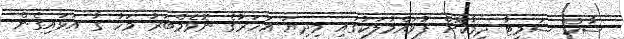
ސާކް ސަމިޓާ ދިމާކޮށް ފުވައްމުލަކުގައި މިދިޔަ އަހަރުގެ ނޮވެމްބަރު މަހު ގާ އަޅައިގެން